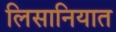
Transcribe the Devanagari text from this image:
लिसानियात